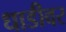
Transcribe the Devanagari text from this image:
धाडीवर